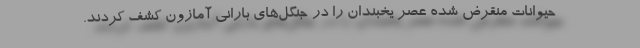
حیوانات منقرض شده عصر یخبندان را در جنگل‌های بارانی آمازون کشف کردند.